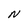
Character: N